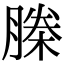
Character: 榺